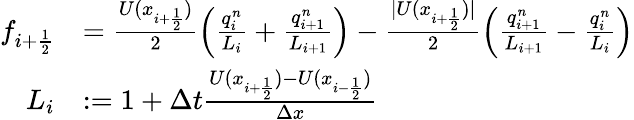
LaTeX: \begin{array}{rl}{f_{i+\frac 12}}&{=\frac{U(x_{i+\frac 12})}{2}\left(\frac{q_{i}^{n}}{L_{i}}+\frac{q_{i+1}^{n}}{L_{i+1}}\right)-\frac{|U(x_{i+\frac 12})|}{2}\left(\frac{q_{i+1}^{n}}{L_{i+1}}-\frac{q_{i}^{n}}{L_{i}}\right)}\\ {L_{i}}&{:=1+\Delta t\frac{U(x_{i+\frac 12})-U(x_{i-\frac 12})}{\Delta x}}\end{array}